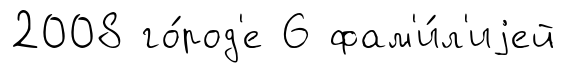
2008 го́род'е 6 фам'и́л'иjей